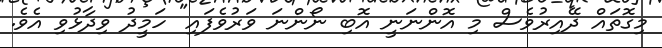
މިގޮތައް ދޭއިރުވެސް މި އޮންނަނީ އޮބި ނޯންނަ ވަރުވެފައި" ހަމީދު ވިދާޅުވި އެވެ.